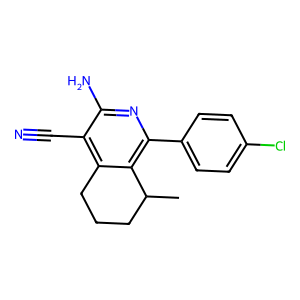
SMILES: CC1CCCc2c(C#N)c(N)nc(-c3ccc(Cl)cc3)c21
Inhibits HIV replication: No